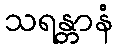
သရန္တာနံ